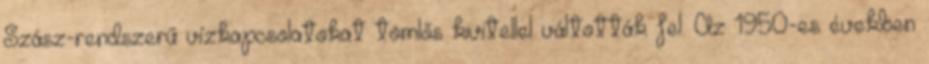
Szász-rendszerű vízkapcsolatokat tömlős kivitellel váltották fel. Az 1950-es években